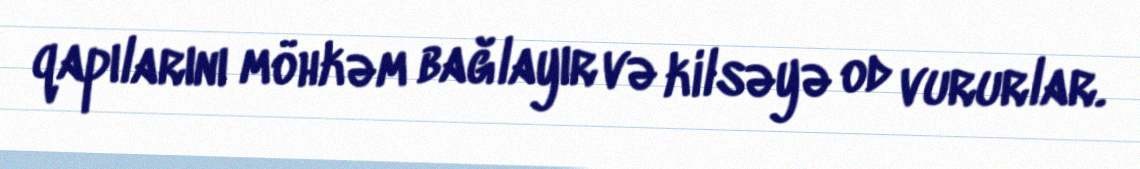
qapılarını möhkəm bağlayır və kilsəyə od vururlar.